Rangoon Lunatic Asylum 1893-1897 - 1893-1897
Year: 1893
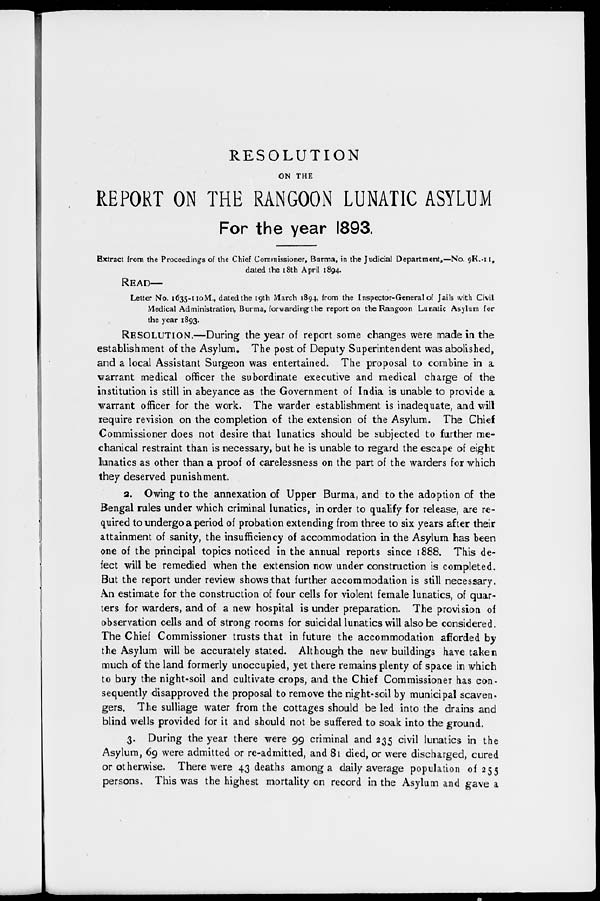
RESOLUTION
ON THE
REPORT ON THE RANGOON LUNATIC ASYLUM
For the year 1893.
Extract from the Proceedings of the Chief Commissioner, Burma, in the Judicial Department,—No. 9K.-11,
dated the 18th April 1894.
READ—
Letter No. 1635-110M., dated the 19th March 1894, from the Inspector-General of Jails with Civil
Medical Administration, Burma, forwarding the report on the Rangoon Lunatic Asylum for
the year 1893.
RESOLUTION.—During the year of report some changes were made in the
establishment of the Asylum. The post of Deputy Superintendent was abolished,
and a local Assistant Surgeon was entertained. The proposal to combine in a
warrant medical officer the subordinate executive and medical charge of the
institution is still in abeyance as the Government of India is unable to provide a
warrant officer for the work. The warder establishment is inadequate, and will
require revision on the completion of the extension of the Asylum. The Chief
Commissioner does not desire that lunatics should be subjected to further me-
chanical restraint than is necessary, but he is unable to regard the escape of eight
lunatics as other than a proof of carelessness on the part of the warders for which
they deserved punishment.
2. Owing to the annexation of Upper Burma, and to the adoption of the
Bengal rules under which criminal lunatics, in order to qualify for release, are re-
quired to undergo a period of probation extending from three to six years after their
attainment of sanity, the insufficiency of accommodation in the Asylum has been
one of the principal topics noticed in the annual reports since 1888. This de-
fect will be remedied when the extension now under construction is completed.
But the report under review shows that further accommodation is still necessary.
An estimate for the construction of four cells for violent female lunatics, of quar-
ters for warders, and of a new hospital is under preparation. The provision of
observation cells and of strong rooms for suicidal lunatics will also be considered.
The Chief Commissioner trusts that in future the accommodation afforded by
the Asylum will be accurately stated. Although the new buildings have taken
much of the land formerly unoccupied, yet there remains plenty of space in which
to bury the night-soil and cultivate crops, and the Chief Commissioner has con-
sequently disapproved the proposal to remove the night-soil by municipal scaven-
gers. The sulliage water from the cottages should be led into the drains and
blind wells provided for it and should not be suffered to soak into the ground.
3. During the year there were 99 criminal and 235 civil lunatics in the
Asylum, 69 were admitted or re-admitted, and 81 died, or were discharged, cured
or otherwise. There were 43 deaths among a daily average population of 255
persons. This was the highest mortality on record in the Asylum and gave a.